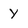
Character: Y